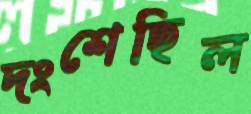
দংশেছিল